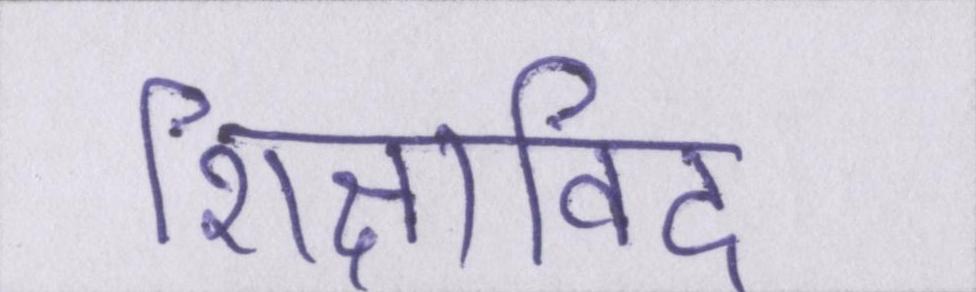
शिक्षाविद